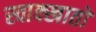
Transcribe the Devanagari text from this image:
स्वाक्खातो